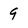
Character: 9